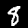
Digit: 8